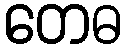
တေဓ